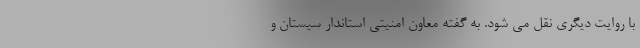
با روایت دیگری نقل می شود. به گفته معاون امنیتی استاندار سیستان و